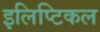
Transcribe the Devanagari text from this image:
इलिप्टिकल